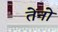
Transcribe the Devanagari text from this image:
तेंनो